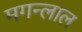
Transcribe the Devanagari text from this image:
मगन्लाल